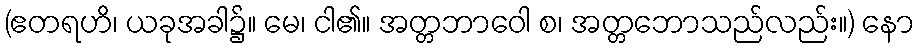
(ဧတရဟိ၊ ယခုအခါ၌။ မေ၊ ငါ၏။ အတ္တဘာဝေါ စ၊ အတ္တဘောသည်လည်း။) နော